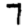
Digit: 7